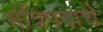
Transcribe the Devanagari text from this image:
मंत्रिपदाचे